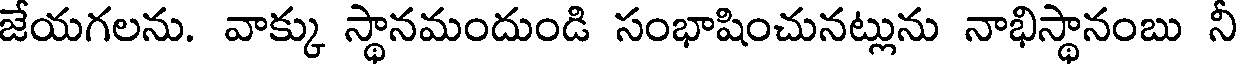
జేయగలను. వాక్కు స్థానమందుండి సంభాషించునట్లును నాభిస్థానంబు నీ